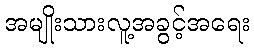
အမျိုးသားလူ့အခွင့်အရေး